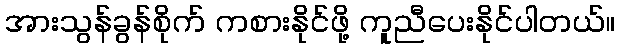
အားသွန်ခွန်စိုက် ကစားနိုင်ဖို့ ကူညီပေးနိုင်ပါတယ်။